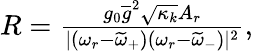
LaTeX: \begin{array}{r}{R=\frac{g_{0}\overline{{g}}^{2}\sqrt{\kappa_{k}}A_{r}}{|(\omega_{r}-\widetilde{\omega}_{+})(\omega_{r}-\widetilde{\omega}_{-})|^{2}},}\end{array}